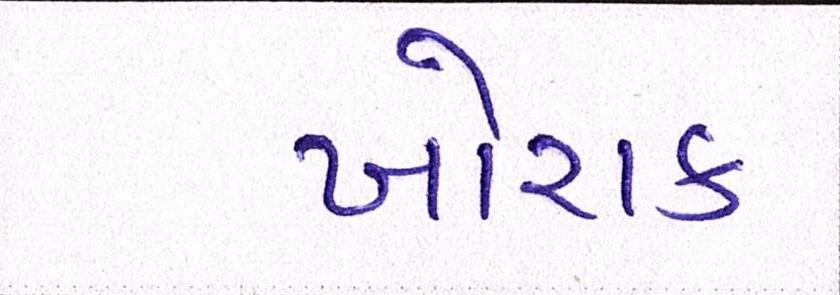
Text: ખોરાક